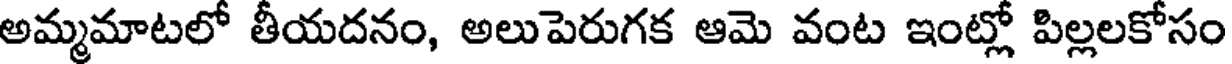
అమ్మమాటలో తీయదనం, అలుపెరుగక ఆమె వంట ఇంట్లో పిల్లలకోసం